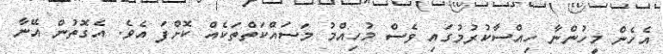
އެހެން މީހުންނާ ހިއްސާކުރުމުގައި ވެސް މުހިއްމު މަސައްކަތްތަކެއް ކޮށްފަ އެވެ. އެގޮތުން އޭނާ